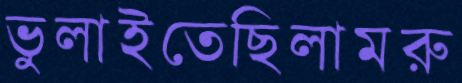
ভুলাইতেছিলামরু